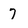
Character: 7